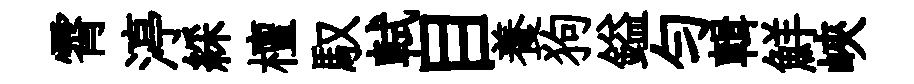
霄渟綵檀馭軾目養狗鎰匀輯鮮峽